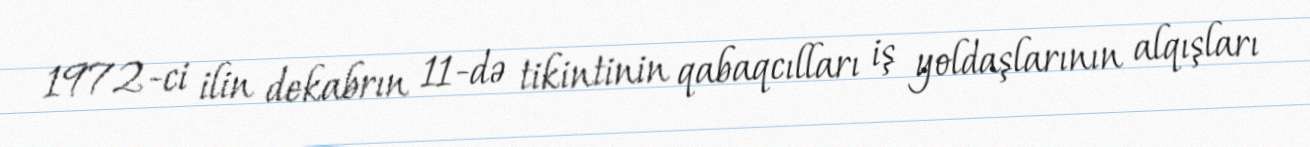
1972-ci ilin dekabrın 11-də tikintinin qabaqcılları iş yoldaşlarının alqışları